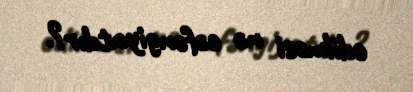
edilməsi nə cəfəngiyatdır?.